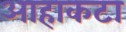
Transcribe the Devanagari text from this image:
आहाकटा